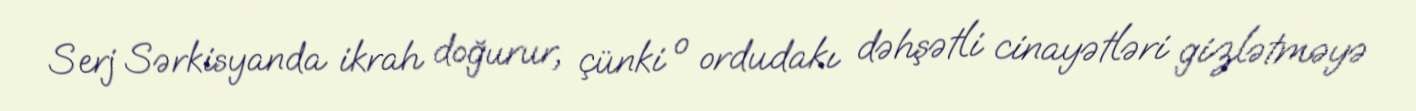
Serj Sərkisyanda ikrah doğurur, çünki o ordudakı dəhşətli cinayətləri gizlətməyə